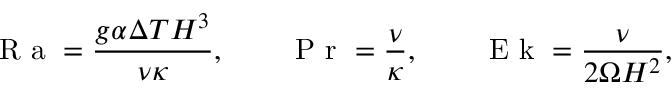
\textrm { R a } = \frac { g \alpha \Delta T H ^ { 3 } } { \nu \kappa } , \qquad \textrm { P r } = \frac { \nu } { \kappa } , \qquad \textrm { E k } = \frac { \nu } { 2 \Omega H ^ { 2 } } ,